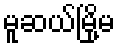
မူဆယ်မြို့မ